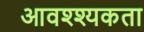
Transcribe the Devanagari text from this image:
आवश्श्यकता